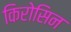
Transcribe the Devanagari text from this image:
किरोसिन